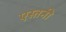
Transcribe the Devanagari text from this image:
एस्तनी